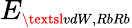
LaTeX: E_{\scriptscriptstyle\textsl{vdW,RbRb}}